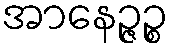
အာနေဉ္ဇဉ္စ